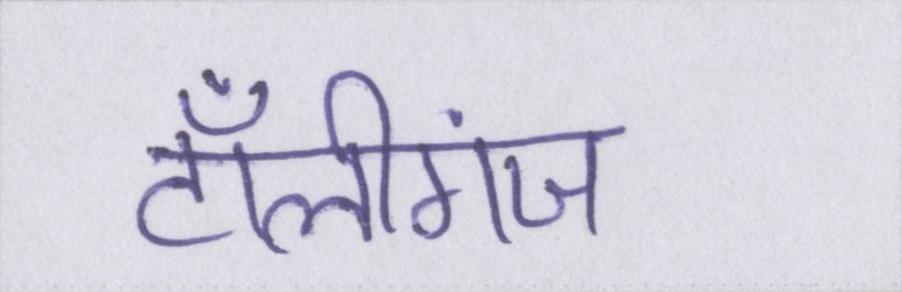
टॉलीगंज